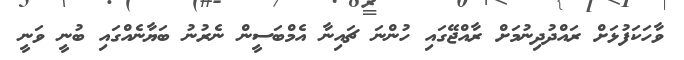
ވާހަކަފުޅަށް ރައްދުދިނުމަށް ރާއްޖޭގައި ހުންނަ ޗައިނާ އެމްބަސީން ނެރުނު ބަޔާނެއްގައި ބުނީ ވަނީ